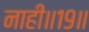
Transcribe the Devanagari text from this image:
नाही॥१९॥